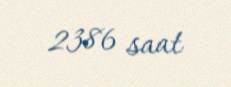
2386 saat